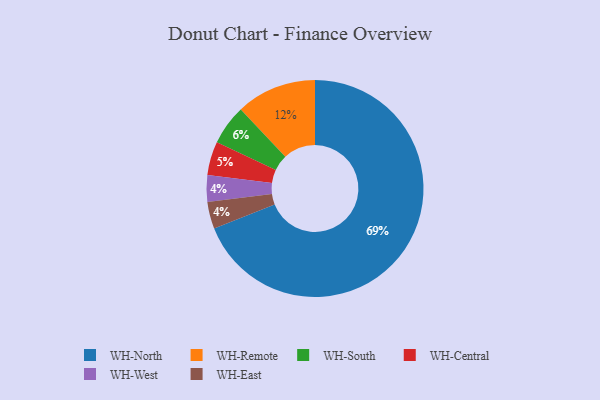
{"axis": {"x": "Category", "y": "Percentage"}, "legend": ["WH-Central", "WH-East", "WH-North", "WH-Remote", "WH-South", "WH-West"], "data": [{"x": "WH-South", "y": 6, "type": "WH-South"}, {"x": "WH-West", "y": 4, "type": "WH-West"}, {"x": "WH-Remote", "y": 12, "type": "WH-Remote"}, {"x": "WH-North", "y": 69, "type": "WH-North"}, {"x": "WH-Central", "y": 5, "type": "WH-Central"}, {"x": "WH-East", "y": 4, "type": "WH-East"}]}